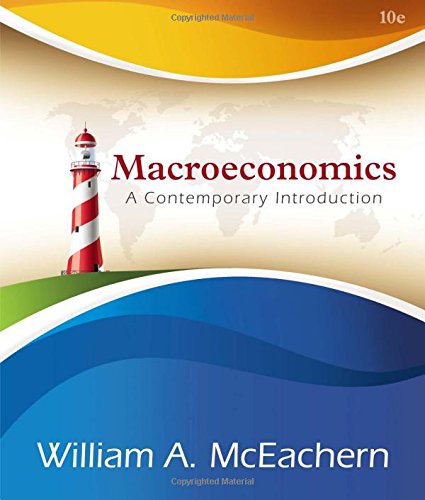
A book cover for Macroeconomics: A Contemporary Introduction; William A. McEachern; Business & Money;